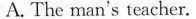
A.The man's teacher.